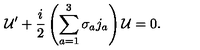
{ \cal U } ^ { \prime } + { \frac { i } { 2 } } \left( \sum _ { a = 1 } ^ { 3 } \sigma _ { a } j _ { a } \right) { \cal U } = 0 .